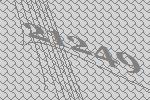
21249